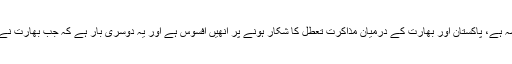
اسلام آباد میں پریس کانفرنس کرتے ہوئے کہا کہ پاک بھارت مذاکرات منسوخ ہونے کا خدشہ ہے، پاکستان اور بھارت کے درمیان مذاکرت تعطل کا شکار ہونے پر انھیں افسوس ہے اور یہ دوسری بار ہے کہ جب بھارت نے مذاکرات سے بھاگ رہا ہے، پاکستان تمام معاملات مذاکرات کی میز پر حل کرنا چاہتا ہے۔